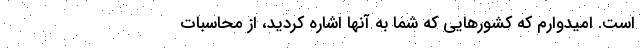
است. امیدوارم که کشورهایی که شما به آنها اشاره کردید، از محاسبات